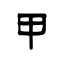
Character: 甲